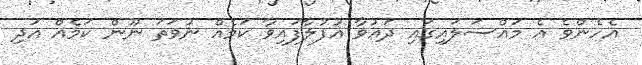
އެހެންވެ އެ މައްސަލައިގައި ދައުވާ އުފުލާފައިވާ ކަމެއް ނުވަތަ ނޫން ކަމެއް އަދި